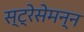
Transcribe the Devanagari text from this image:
स्ट्रेसेमन्न